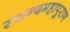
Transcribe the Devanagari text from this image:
स्कन्दमहापुराण